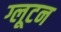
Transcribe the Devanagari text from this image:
ग्लूटन